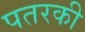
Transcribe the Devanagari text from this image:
पतरकी